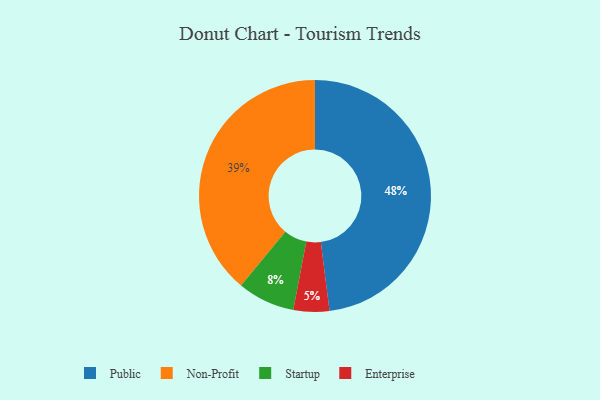
{"axis": {"x": "Category", "y": "Percentage"}, "legend": ["Enterprise", "Non-Profit", "Public", "Startup"], "data": [{"x": "Enterprise", "y": 5, "type": "Enterprise"}, {"x": "Non-Profit", "y": 39, "type": "Non-Profit"}, {"x": "Public", "y": 48, "type": "Public"}, {"x": "Startup", "y": 8, "type": "Startup"}]}